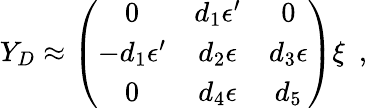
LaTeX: Y_{D}\approx\left(\begin{array}{ccc}{{0}}&{{d_{1}\epsilon^{\prime}}}&{{0}}\\ {{-d_{1}\epsilon^{\prime}}}&{{d_{2}\epsilon}}&{{d_{3}\epsilon}}\\ {{0}}&{{d_{4}\epsilon}}&{{d_{5}}}\end{array}\right)\xi\, \, \, ,